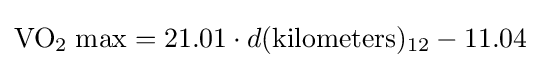
\mathrm {VO_{2}\;max} ={21.01\cdot d({\text{kilometers}})_{12}-11.04}